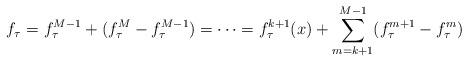
LaTeX: \begin{align*} f_{\tau}=f^{M-1}_{\tau}+(f_{\tau}^M-f^{M-1}_{\tau})=\cdots=f^{k+1}_{\tau}(x)+\sum_{m=k+1}^{M-1}(f^{m+1}_{\tau}-f^{m}_{\tau})\end{align*}